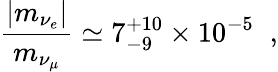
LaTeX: \frac{|m_{\nu_{e}}|}{m_{\nu_{\mu}}}\simeq 7_{-9}^{+10}\times 10^{-5}\; \; ,